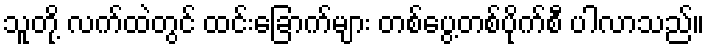
သူတို့ လက်ထဲတွင် ထင်းခြောက်များ တစ်ပွေ့တစ်ပိုက်စီ ပါလာသည်။